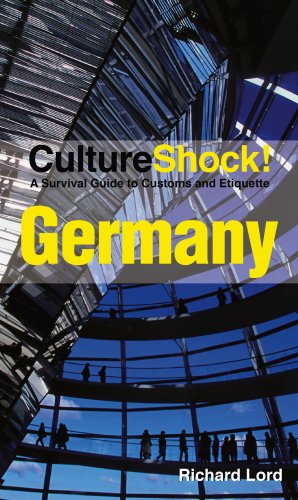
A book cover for CultureShock! Germany: A Survival Guide to Customs and Etiquette (Cultureshock Germany: A Survival Guide to Customs & Etiquette); Richard Lord; Travel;